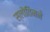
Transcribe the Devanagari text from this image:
स्लोतिनने